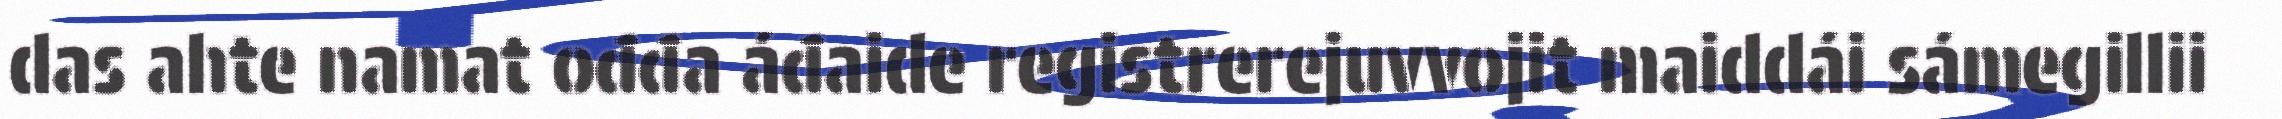
das ahte namat ođđa áđaide registrerejuvvojit maiddái sámegillii